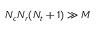
N _ { c } N _ { r } ( N _ { t } + 1 ) \gg M